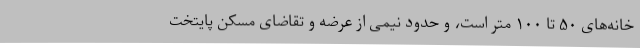
خانه‌های ۵۰ تا ۱۰۰ متر است، و حدود نیمی از عرضه و تقاضای مسکن پایتخت